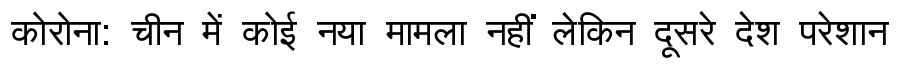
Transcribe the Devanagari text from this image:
कोरोना: चीन में कोई नया मामला नहीं लेकिन दूसरे देश परेशान